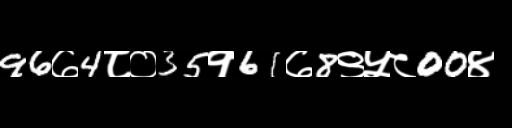
Text: 96७4८०35१61७8९५८00४